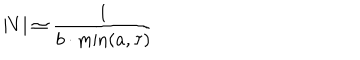
\left| V \right| \simeq \frac 1 { b \cdot \min ( a , \tau ) }